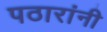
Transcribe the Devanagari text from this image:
पठारांनी